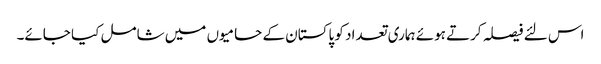
اس لئے فیصلہ کرتے ہوئے ہماری تعداد کو پاکستان کے حامیوں میں شامل کیا جائے۔